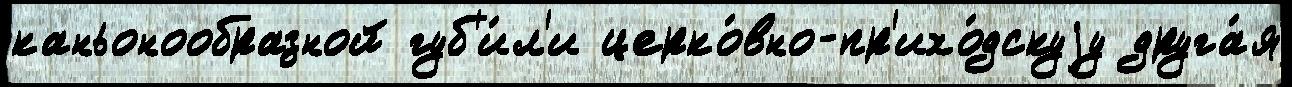
каньонообразной губ'и́л'и церко́вно-пр'ихо́дскуjу друга́я